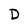
Character: D